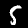
Label: 5